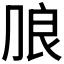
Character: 𰰔